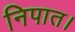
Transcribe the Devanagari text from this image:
निपात।